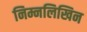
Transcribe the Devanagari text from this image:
निम्नलिखिन